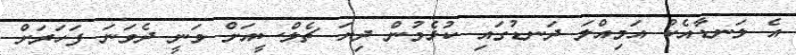
އެ ލަނޑާއެކު އަމިއްލަ ދަނޑުގައި ކުޅެމުން ދިޔަ ޗެލްސީއަށް ވަނީ ދެވަނަ ފަހަރަށް